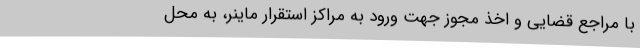
با مراجع قضایی و اخذ مجوز جهت ورود به مراکز استقرار ماینر، به محل